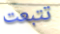
تتبعت